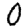
Digit: 0